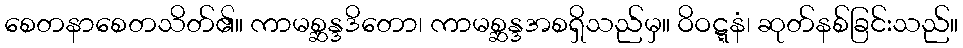
စေတနာစေတသိတ်၏။ ကာမစ္ဆန္ဒဒိတော၊ ကာမစ္ဆန္ဒအစရှိသည်မှ။ ဝိဝဋ္ဋနံ၊ ဆုတ်နစ်ခြင်းသည်။